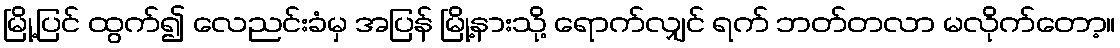
မြို့ပြင် ထွက်၍ လေညင်းခံမှ အပြန် မြို့နားသို့ ရောက်လျှင် ရက် ဘတ်တလာ မလိုက်တော့။